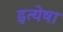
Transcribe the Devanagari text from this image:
इत्येषा